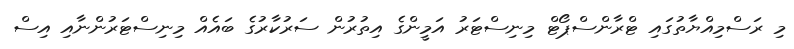
މި ރަސްމިއްޔާތުގައި ޓްރާންސްޕޯޓް މިނިސްޓަރު އަމީންގެ އިތުރުން ސަރުކާރުގެ ބައެއް މިނިސްޓަރުންނާއި އިސް